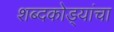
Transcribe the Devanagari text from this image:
शब्दकोड्यांचा